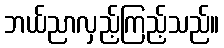
ဘယ်ညာလှည့်ကြည့်သည်။